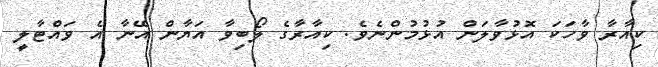
ކިއާރާ ވާހަކަ އޮޅުވާލަން އުޅުމުންނެވެ. ކިއާރާގެ ލޯބިވާ އަޔާން އޭނާ އެ ވައްޓާލީ